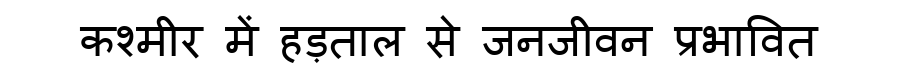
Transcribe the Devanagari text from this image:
कश्मीर में हड़ताल से जनजीवन प्रभावित